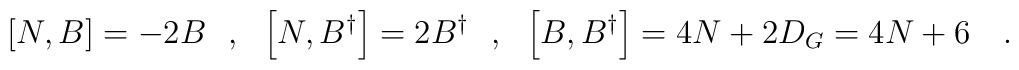
\left[N,B\right]=-2B\ \ ,\ \ \left[N,B^\dagger\right]=2B^\dagger\ \ ,\ \ \left[B,B^\dagger\right]=4N+2D_G=4N+6\ \ \ .